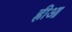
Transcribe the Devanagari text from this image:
ह्रीआ